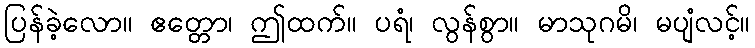
ပြန်ခဲ့လော။ ဧတ္တော၊ ဤထက်။ ပရံ၊ လွန်စွာ။ မာသုဂမိ၊ မပျံလင့်။